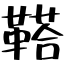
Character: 鞳